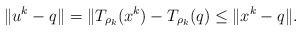
LaTeX: \begin{align*} \|u^k - q \| = \| T_{\rho_k}(x^k) - T_{\rho_k}(q) \leq \|x^k - q \|.\end{align*}